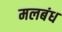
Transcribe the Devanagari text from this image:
मलबंध